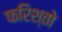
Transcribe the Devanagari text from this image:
फरिश्तो